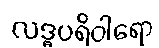
လဒ္ဓပရိဝါရော